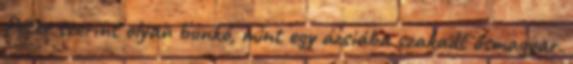
Péter szerint olyan bunkó, mint egy ázsiába szakadt ősmagyar.